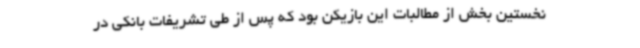
نخستین بخش از مطالبات این بازیکن بود که پس از طی تشریفات بانکی در